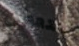
ستعطي